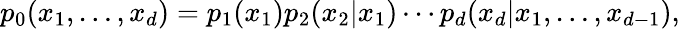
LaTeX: p_{0}(x_{1},\ldots,x_{d})=p_{1}(x_{1})p_{2}(x_{2}|x_{1})\cdots p_{d}(x_{d}|x_{1},\ldots,x_{d-1}),